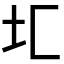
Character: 𰉖